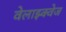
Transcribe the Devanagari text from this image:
वेलाझ्क्वेज